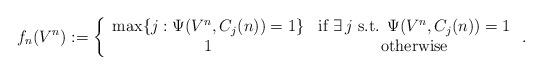
LaTeX: \begin{align*}f_n(V^n):=\left\{ \begin{array}{cc}\max\{ j: \Psi(V^n,C_j(n))=1\} & \mbox{if } \exists\, j \mbox{ s.t. } \Psi(V^n,C_j(n))=1 \\1 & \mbox{otherwise}\end{array} \right. .\end{align*}